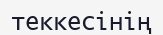
теккесінің